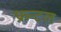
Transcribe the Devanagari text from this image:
फ्रन्‍टल